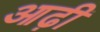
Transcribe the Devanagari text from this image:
आढ़ी